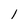
Character: 1